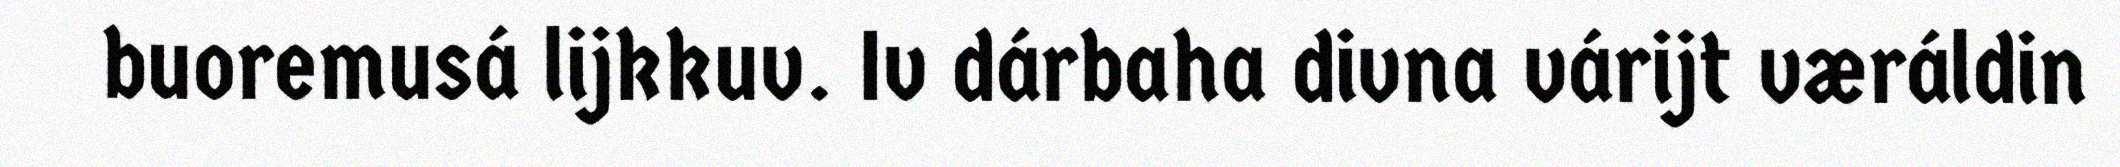
buoremusá lijkkuv. Iv dárbaha divna várijt væráldin